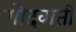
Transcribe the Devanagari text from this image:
गोदवाती